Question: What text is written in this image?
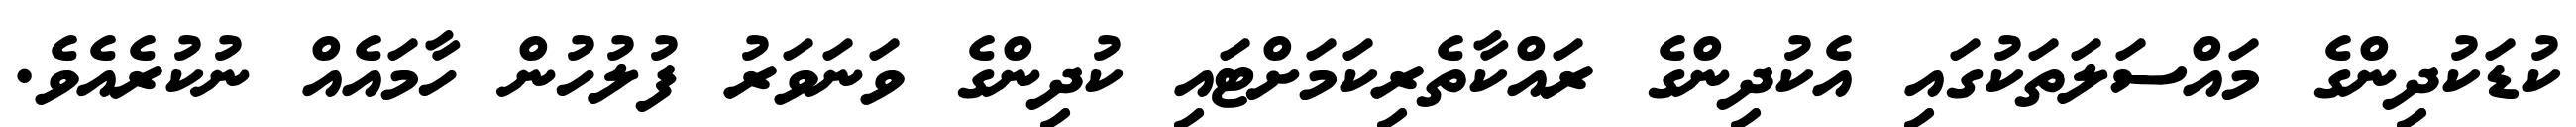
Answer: ކުޑަކުދިންގެ މައްސަލަތަކުގައި އެކުދިންގެ ރައްކާތެރިކަމަށްޓައި ކުދިންގެ ވަނަވަރު ފުލުހުން ހާމައެއް ނުކުރެއެވެ.